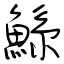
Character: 鯀